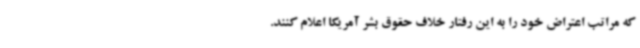
که مراتب اعتراض خود را به این رفتار خلاف حقوق بشر آمریکا اعلام کنند.